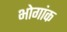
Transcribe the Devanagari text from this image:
भोगांक